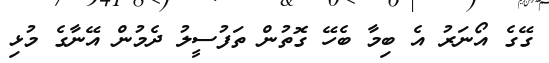
ގޭގެ އޯނަރު އެ ބިމާ ބެހޭ ގޮތުން ތަފުސީލު ދެމުން އޭނާގެ މުޅި